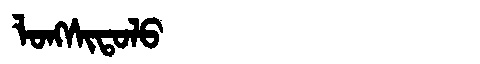
Manchu: ᠯᠣᠩᠰᡳᡨᠣᠯᠣ
Romanization: LONGSITOLO